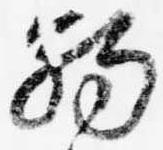
触